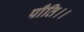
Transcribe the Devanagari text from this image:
पाँति।।